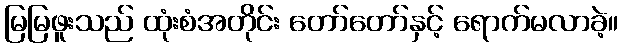
မြမြဖူးသည် ထုံးစံအတိုင်း တော်တော်နှင့် ရောက်မလာခဲ့။